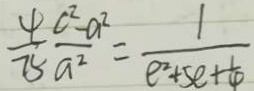
\frac { 4 } { 7 5 } \frac { c ^ { 2 } - a ^ { 2 } } { a ^ { 2 } } = \frac { 1 } { e ^ { 2 } + 5 e + \frac { 1 } { 4 } }